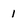
Character: 1